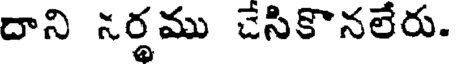
దాని సర్థము చేసికొనలేరు.